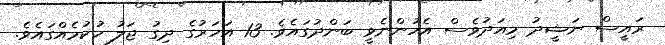
ރައީސް ނަޝީދު މިއަދުވެސް އެހުންނެވީ ބަންދުގައެވެ. 13 އަހަރުގެ ދިގު ޖަލު ހުކުމެއްގައެވެ.